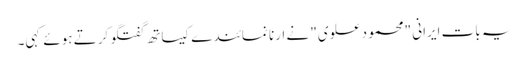
یہ بات ایرانی "محمود علوی" نے ارنا نمائندے کیساتھ گفتگو کرتے ہوئے کہی۔